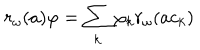
LaTeX: r _ { \omega } ( a ) \varphi = \sum _ { k } \varphi _ { k } r _ { \omega } ( a c _ { k } )